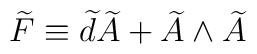
\widetilde{F}\equiv \widetilde{d}\widetilde{A}+\widetilde{A}\wedge\widetilde{A}